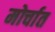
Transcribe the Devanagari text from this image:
मोर्चात